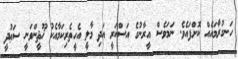
ހަނގުރާމައެއް ކޮށްފައެވެ. ނަމަވެސް އީރާނުގެ އަސްކަރީ އަދި މާލީ އެހީތެރިކަމާއެކު ޚޫޘީންވަނީ ސަޢުދީ